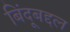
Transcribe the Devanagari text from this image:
बिंदूबद्दल